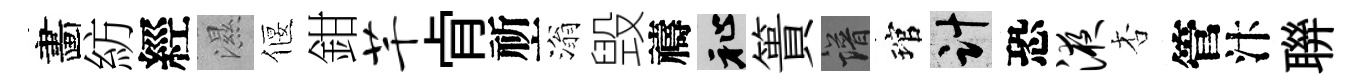
畵紡經濕偃鉗芊肻祈滃毁禱祉簣譜琯計恐液杏管汴聨